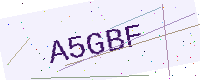
Text: A5GBF